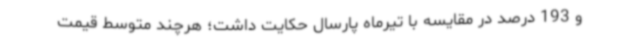
و 193 درصد در مقایسه با تیرماه پارسال حکایت داشت؛ هرچند متوسط قیمت